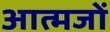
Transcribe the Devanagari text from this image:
आत्मजों